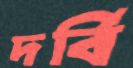
দর্বি